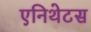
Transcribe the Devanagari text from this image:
एनिथेटस